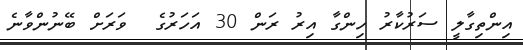
އިންތިގާލީ ސަރުކާރު ހިންގާ އިރު ރަން 30 އަހަރުގެ  ވަރަށް ބޭނުންވާނެ